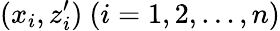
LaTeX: (x_{i},z_{i}^{\prime})\ (i=1,2,\ldots,n)